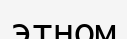
этном